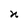
Character: n